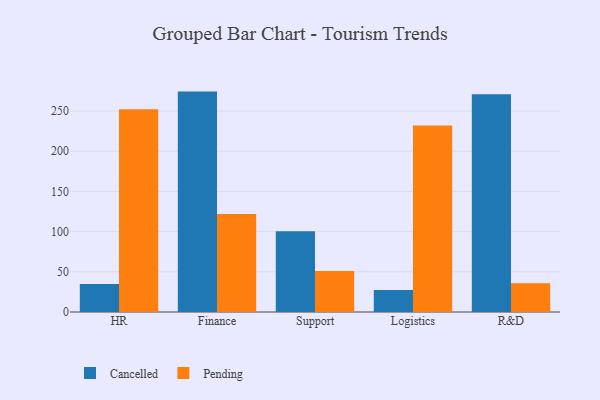
{"axis": {"x": "Department", "y": "Market Share (%)"}, "legend": ["Cancelled", "Pending"], "data": [{"x": "HR", "y": 34.7, "type": "Cancelled"}, {"x": "HR", "y": 252.3, "type": "Pending"}, {"x": "Finance", "y": 274.2, "type": "Cancelled"}, {"x": "Finance", "y": 121.9, "type": "Pending"}, {"x": "Support", "y": 100.4, "type": "Cancelled"}, {"x": "Support", "y": 51.1, "type": "Pending"}, {"x": "Logistics", "y": 27.3, "type": "Cancelled"}, {"x": "Logistics", "y": 232.0, "type": "Pending"}, {"x": "R&D", "y": 271.0, "type": "Cancelled"}, {"x": "R&D", "y": 35.9, "type": "Pending"}]}